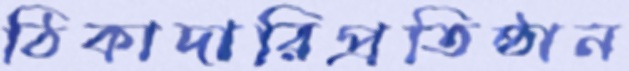
ঠিকাদারিপ্রতিষ্ঠান